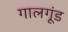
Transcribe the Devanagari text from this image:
गालगूंड